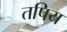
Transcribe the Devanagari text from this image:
तपिय